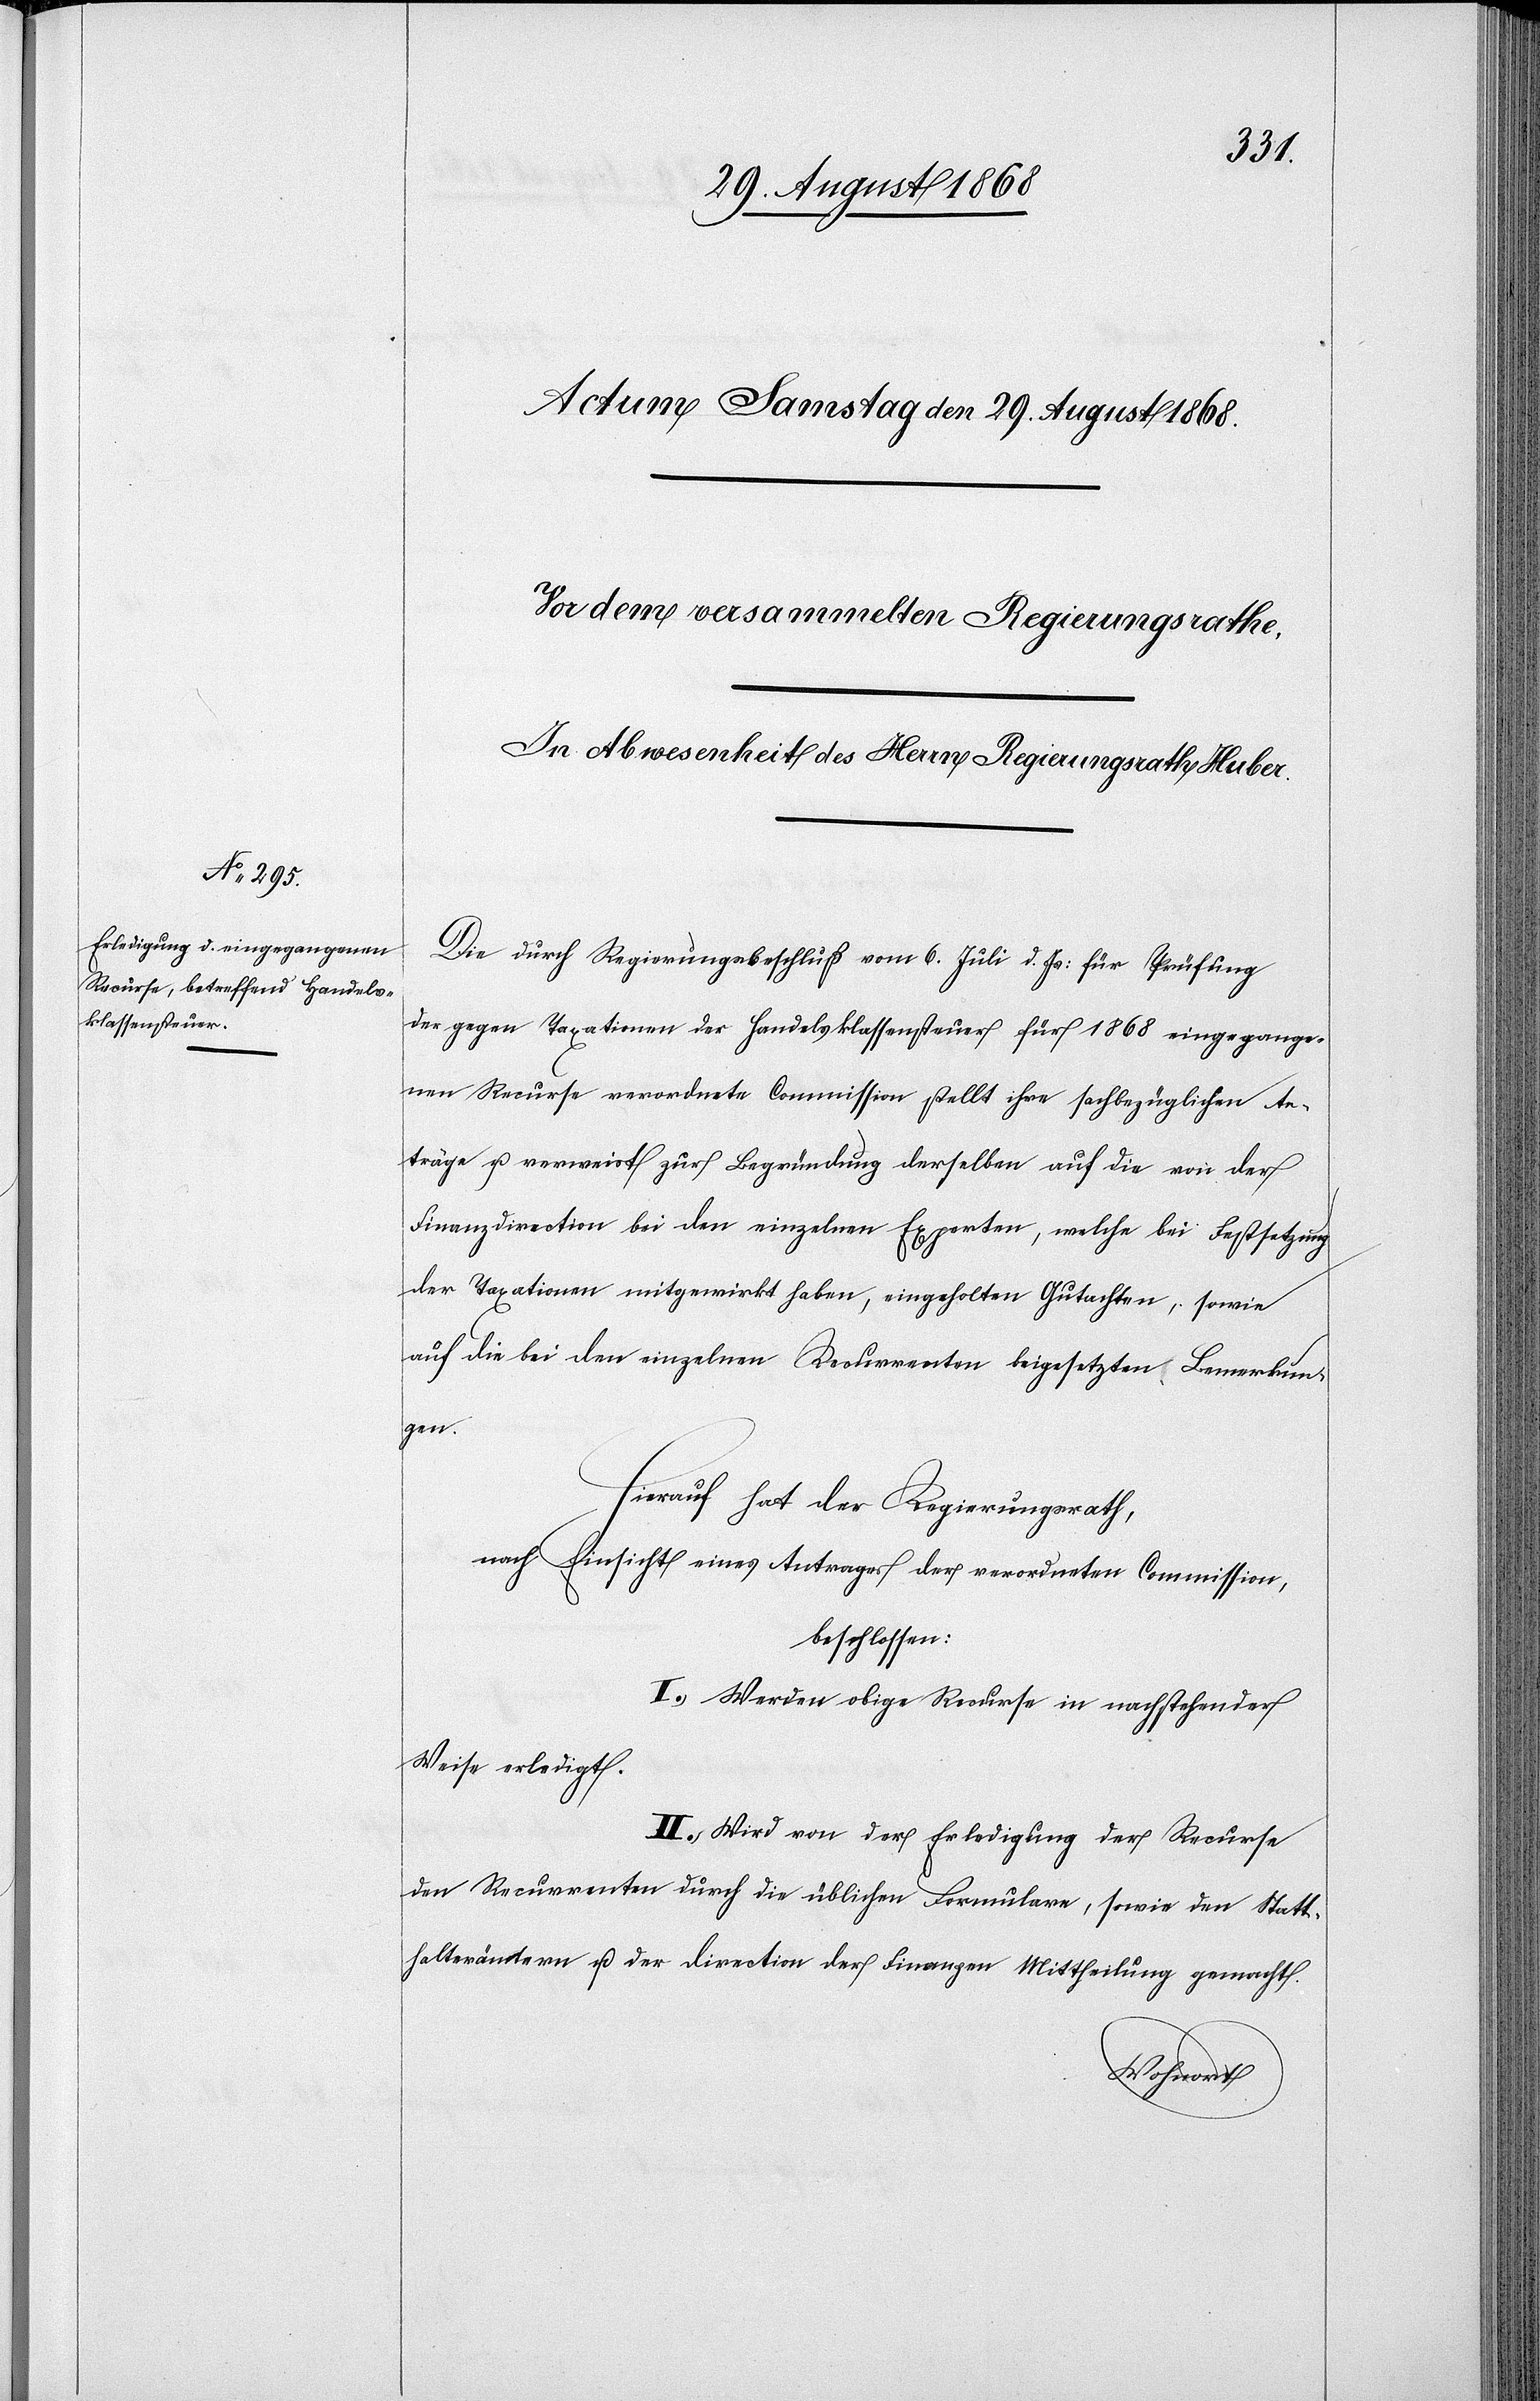
Die durch Regierungsbeschluß vom 6. Juli d. Js: für Prüfung
der gegen Taxationen der Handelsklassensteuer für 1868 eingegange¬
nen Recurse verordnete Commission stellt ihre sachbezüglichen An¬
träge u. verweist zur Begründung derselben auf die von der
Finanzdirection bei den einzelnen Experten, welche bei Festsetzung
der Taxationen mitgewirkt haben, eingeholten Gutachten, sowie
auf die bei den einzelnen Recurrenten beigesetzten Bemerkun¬
gen.
Hierauf hat der Regierungsrath,
nach Einsicht eines Antrages der verordneten Commission,
beschlossen:
I.) Werden obige Recurse in nachstehender
Weise erledigt.
II.) Wird von der Erledigung der Recurse
den Recurrenten durch die üblichen Formulare, sowie den Statt¬
halterämtern u. der Direction der Finanzen Mittheilung gemacht.